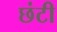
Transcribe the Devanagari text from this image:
छंटी